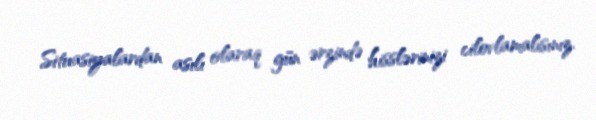
Situasiyalardan asılı olaraq gün ərzində hisslərinizi cilovlamalısınız.